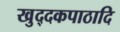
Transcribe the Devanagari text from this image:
खुद्दकपाठादि